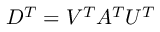
D ^ { T } = V ^ { T } A ^ { T } U ^ { T }